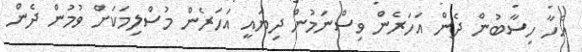
އެހާ ހިސާބުން ދެން އަހަރެން ވިސްނަމުން ދިޔައީ އަހަރެން މުސްލިމަކަށް ވުމުން ދެން